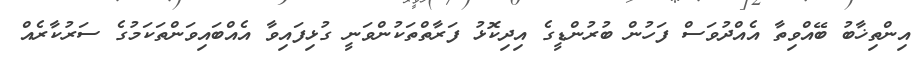
އިންތިޚާބު ބޭއްވިތާ އެއްދުވަސް ފަހުން ބުރުންޑީގެ އިދިކޮޅު ފަރާތްތަކުންވަނީ ގުޅިފައިވާ އެއްބައިވަންތަކަމުގެ ސަރުކާރެއް